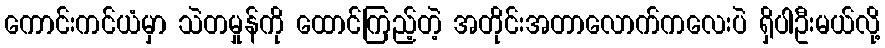
ကောင်းကင်ယံမှာ သဲတမှုန်ကို ထောင်ကြည့်တဲ့ အတိုင်းအတာလောက်ကလေးပဲ ရှိပါဦးမယ်လို့